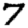
Digit: 7